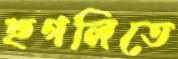
হুগলিতে